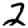
Digit: 2